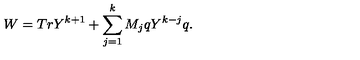
W = T r Y ^ { k + 1 } + \sum _ { j = 1 } ^ { k } M _ { j } q Y ^ { k - j } q .